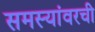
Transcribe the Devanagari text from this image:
समस्यांवरची